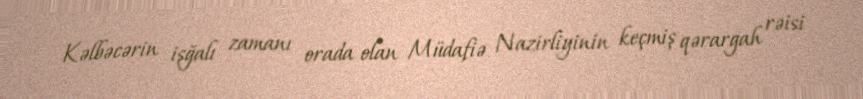
Kəlbəcərin işğalı zamanı orada olan Müdafiə Nazirliyinin keçmiş qərargah rəisi